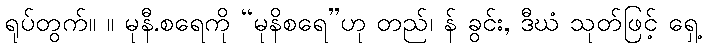
ရုပ်တွက်။ ။ မုနီ.စရေကို “မုနိစရေ”ဟု တည်၊ န် ခွင်း, ဒီဃံ သုတ်ဖြင့် ရှေ့